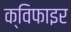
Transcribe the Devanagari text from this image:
क्विफाइर